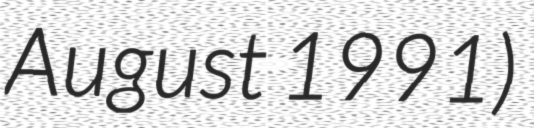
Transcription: August 1991)